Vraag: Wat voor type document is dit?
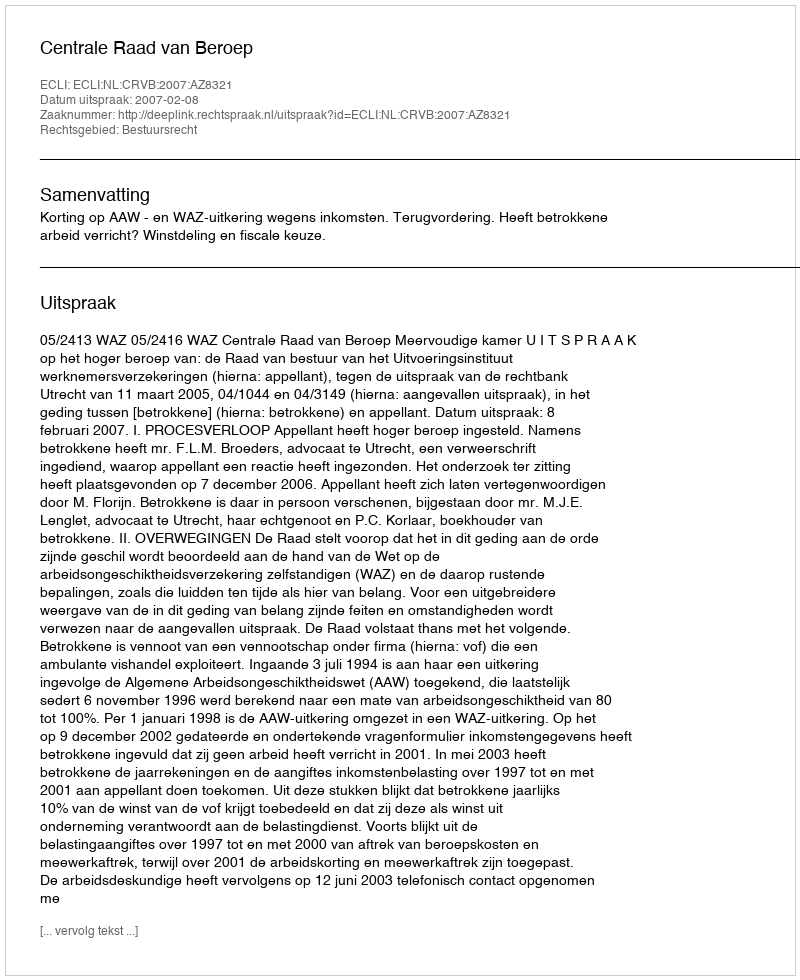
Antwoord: Uitspraak